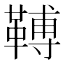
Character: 𩌏